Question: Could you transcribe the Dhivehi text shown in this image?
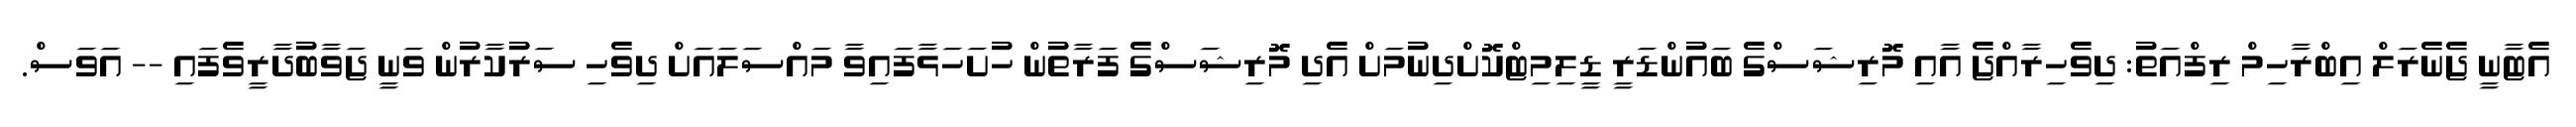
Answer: އެޓާނީ ޖެނެރަލް އިބްރާހިމް ރިފްއަތު: ދިވެހިރާއްޖެ އާއި މޮރިޝަސްގެ ބައުންޑަރީ ޑީލިމިޓްކޮށްދިނުމަށް އެދި މޮރިޝަސްގެ ފަރާތުން ހުށަހަޅާފައިވާ މައްސަލައަށް ދިވެހި ސަރުކާރުން ވަނީ ޖަވާބުދާރީވެފައި -- އަވަސް.